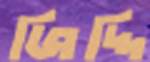
জিদ্দি